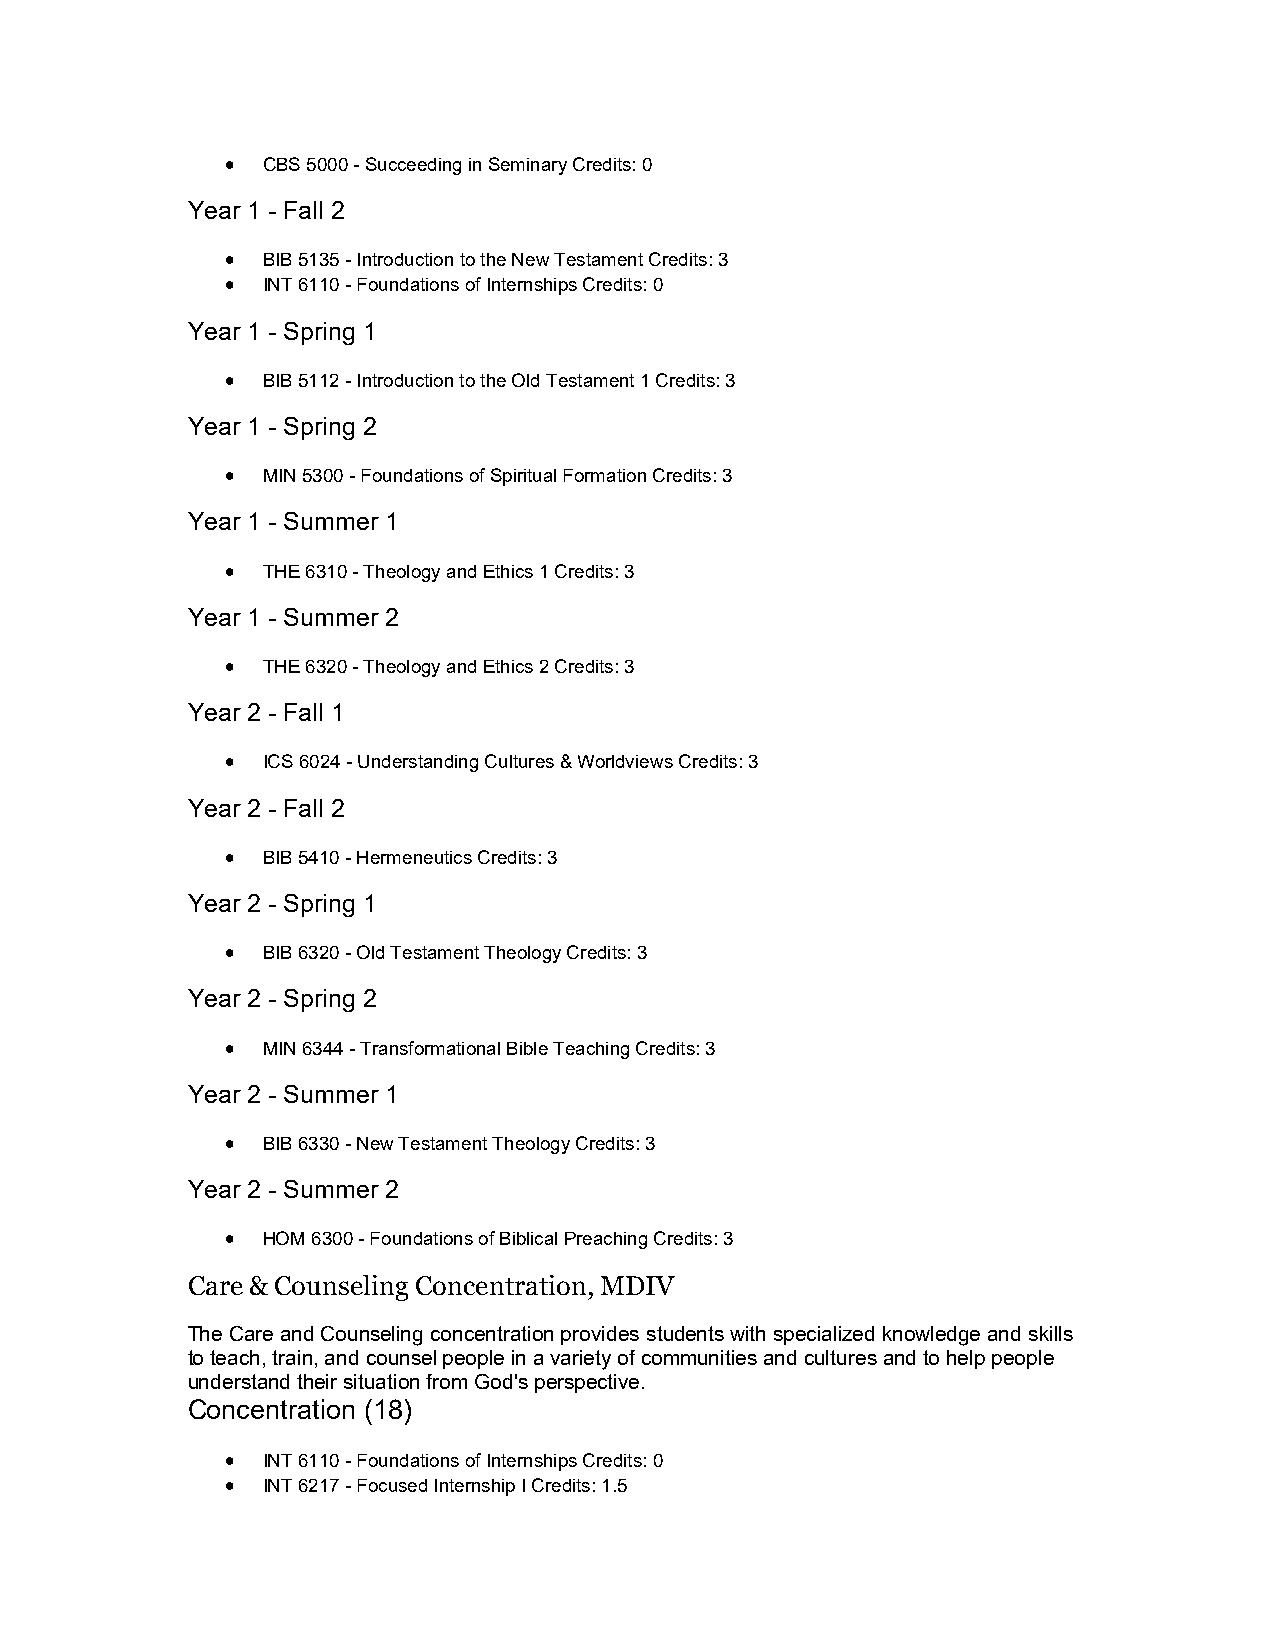
 CBS 5000 - Succeeding in Seminary Credits: 0
 Year 1 - Fall 2
  BIB 5135 - Introduction to the New Testament Credits: 3
  INT 6110 - Foundations of Internships Credits: 0
 Year 1 - Spring 1
  BIB 5112 - Introduction to the Old Testament 1 Credits: 3
 Year 1 - Spring 2
  MIN 5300 - Foundations of Spiritual Formation Credits: 3
 Year 1 - Summer 1
  THE 6310 - Theology and Ethics 1 Credits: 3
 Year 1 - Summer 2
  THE 6320 - Theology and Ethics 2 Credits: 3
 Year 2 - Fall 1
  ICS 6024 - Understanding Cultures & Worldviews Credits: 3
 Year 2 - Fall 2
  BIB 5410 - Hermeneutics Credits: 3
 Year 2 - Spring 1
  BIB 6320 - Old Testament Theology Credits: 3
 Year 2 - Spring 2
  MIN 6344 - Transformational Bible Teaching Credits: 3
 Year 2 - Summer 1
  BIB 6330 - New Testament Theology Credits: 3
 Year 2 - Summer 2
  HOM 6300 - Foundations of Biblical Preaching Credits: 3
 Care & Counseling Concentration, MDIV
 The Care and Counseling concentration provides students with specialized knowledge and skills
 to teach, train, and counsel people in a variety of communities and cultures and to help people
 understand their situation from God's perspective.
 Concentration (18)
  INT 6110 - Foundations of Internships Credits: 0
  INT 6217 - Focused Internship I Credits: 1.5